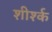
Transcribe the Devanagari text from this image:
शीर्श्क